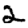
Digit: 2